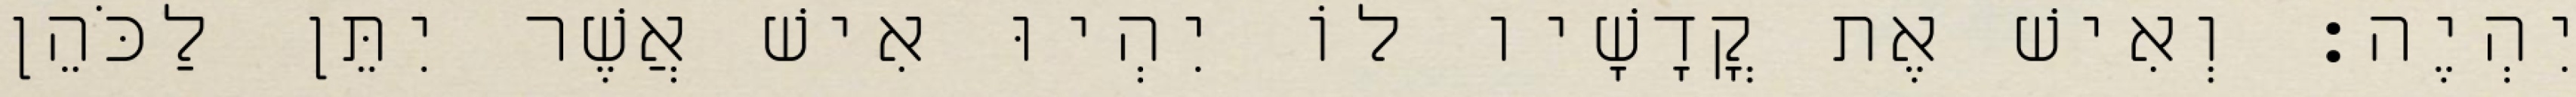
יִהְיֶה׃ וְאִישׁ אֶת קֳדָשָׁיו לוֹ יִהְיוּ אִישׁ אֲשֶׁר יִתֵּן לַכֹּהֵן